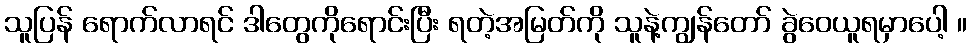
သူပြန် ရောက်လာရင် ဒါတွေကိုရောင်းပြီး ရတဲ့အမြတ်ကို သူနဲ့ကျွန်တော် ခွဲဝေယူရမှာပေါ့ ။